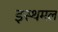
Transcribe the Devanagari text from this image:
इस्थमल